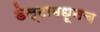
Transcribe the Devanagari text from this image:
डेल्टामधूनच